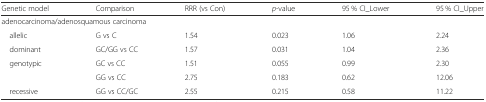
| Genetic model | Comparison | RRR (vs Con) | p-value | 95 % CI_Lower | 95 % CI_Upper |
 | --- | --- | --- | --- | --- | --- |
 | <COLSPAN=6> adenocarcinoma/adenosquamous carcinoma |
 | allelic | G vs C | 1.54 | 0.023 | 1.06 | 2.24 |
 | dominant | GC/GG vs CC | 1.57 | 0.031 | 1.04 | 2.36 |
 | genotypic | GC vs CC | 1.51 | 0.055 | 0.99 | 2.30 |
 |  | GG vs CC | 2.75 | 0.183 | 0.62 | 12.06 |
 | recessive | GG vs CC/GC | 2.55 | 0.215 | 0.58 | 11.22 |